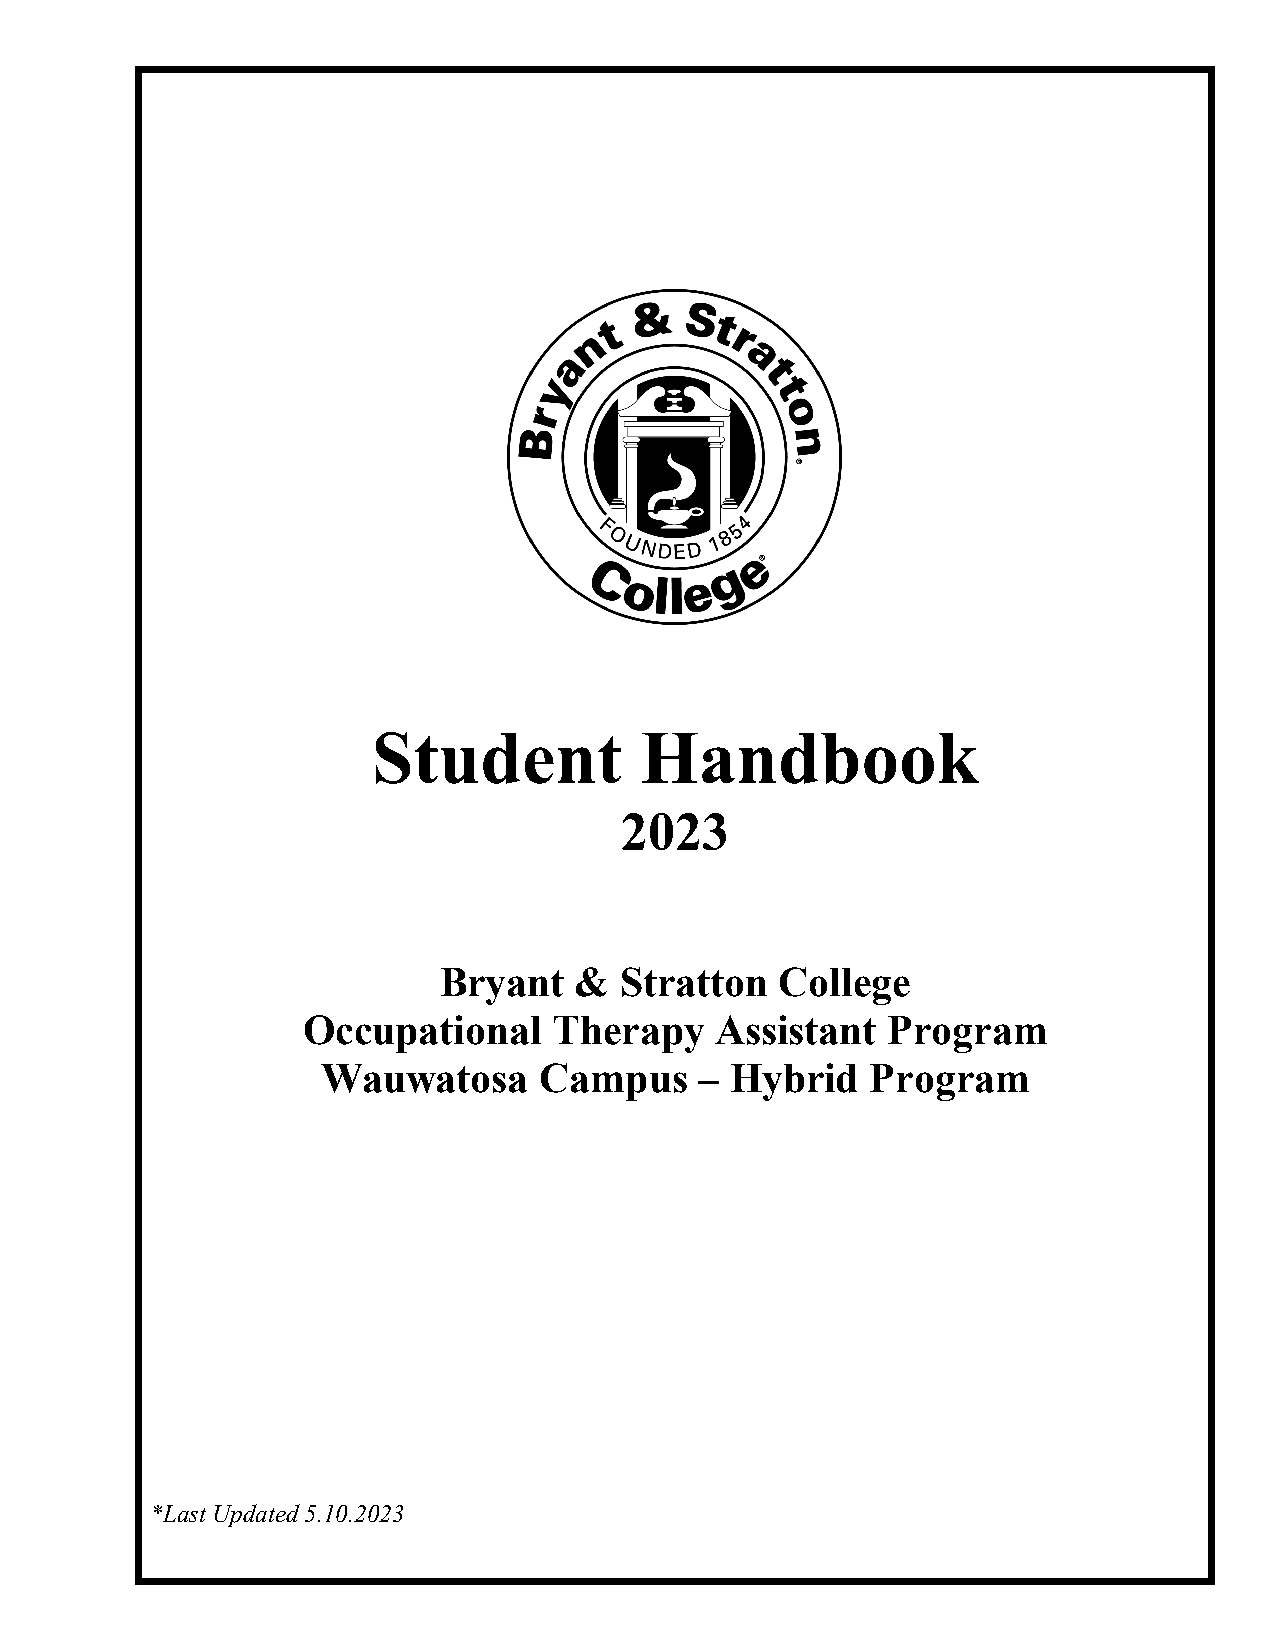
Student          Handbook
 2023
 Bryant   &  Stratton   College
 Occupational     Therapy   Assistant   Program
 Wauwatosa      Campus    – Hybrid    Program
 *Last Updated 5.10.2023